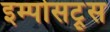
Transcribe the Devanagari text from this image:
इम्पोसट्र्स